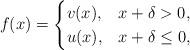
LaTeX: \begin{align*} f(x) = \begin{cases} v(x), & x+\delta > 0,\\ u(x), & x+\delta \leq 0, \end{cases}\end{align*}